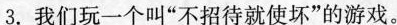
3.我们玩一个叫“不招待就使坏”的游戏。